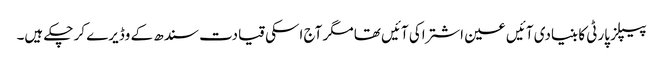
پیپلز پارٹی کا بنیادی آئیں عین اشتراکی آئیں تھا مگر آج اسکی قیادت سندھ کے وڈیرے کر چکے ہیں۔